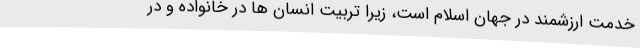
خدمت ارزشمند در جهان اسلام است، زیرا تربیت انسان ها در خانواده و در